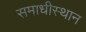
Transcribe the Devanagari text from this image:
समाधीस्थान